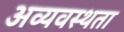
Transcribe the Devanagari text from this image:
अव्यवस्थता